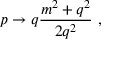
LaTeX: p \rightarrow q \frac { m ^ { 2 } + q ^ { 2 } } { 2 q ^ { 2 } } ~ ,